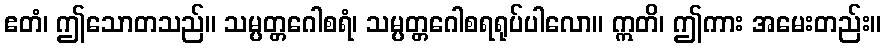
ဧတံ၊ ဤသောတသည်။ သမ္ပတ္တဂေါစရံ၊ သမ္ပတ္တဂေါစရရုပ်ပါလော။ ဣတိ၊ ဤကား အမေးတည်း။